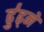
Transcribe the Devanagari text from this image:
ढु॑ढ्ने